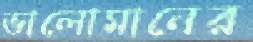
ভালোমানের